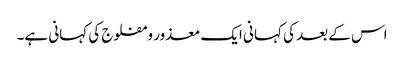
اس کے بعد کی کہانی ایک معذور و مفلوج کی کہانی ہے۔